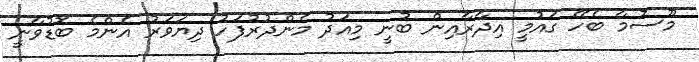
މޫސުމާ ބެހޭ ގައުމީ އިދާރާއިން ބުނީ މިއަދު މެންދުރުފަހު ދިޔަވަރު އެންމެ ބޮޑުވާނީ